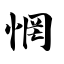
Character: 惘